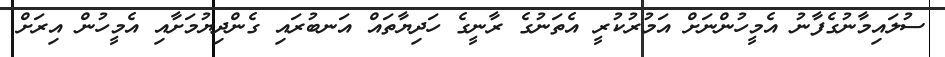
ސުލައިމާނުގެފާނު އެމީހުންނަށް އަމުރުކުރީ އެތަނުގެ ރާނީގެ ހަދިޔާތައް އަނބުރައި ގެންދިޔުމަށާއި އެމީހުން އިރަށް